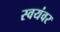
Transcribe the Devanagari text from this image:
स्‍वयंवर